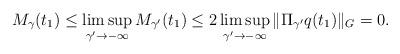
LaTeX: \begin{align*}M_\gamma(t_1)\leq \limsup_{\gamma'\to -\infty } M_{\gamma'}(t_1)\leq 2\limsup_{\gamma'\to -\infty } \Vert \Pi_{\gamma'} q(t_1)\Vert_G=0.\end{align*}